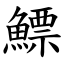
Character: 鰾